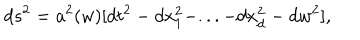
LaTeX: d s ^ { 2 } = a ^ { 2 } ( w ) [ d t ^ { 2 } - d x _ { 1 } ^ { 2 } - . . . - d x _ { d } ^ { 2 } - d w ^ { 2 } ] ,